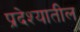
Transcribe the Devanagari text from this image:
प्रदेश्यातील